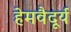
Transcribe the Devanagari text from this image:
हेमवैदूर्य